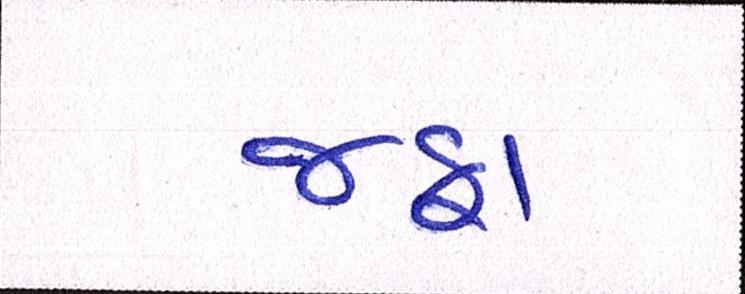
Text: જફા